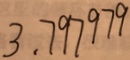
3 . 7 9 7 9 7 9